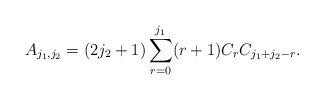
LaTeX: \begin{align*} A_{j_1,j_2} = (2j_2+1)\sum_{r=0}^{j_1} (r+1)C_r C_{j_1+j_2-r}.\end{align*}